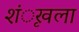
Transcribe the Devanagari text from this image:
शंृखला